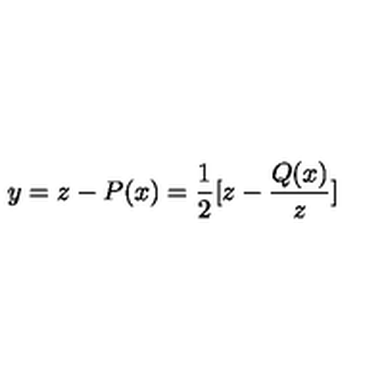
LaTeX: y = z - P ( x ) = \frac { 1 } { 2 } [ z - \frac { Q ( x ) } { z } ]